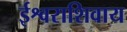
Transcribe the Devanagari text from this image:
ईश्वराशिवाय